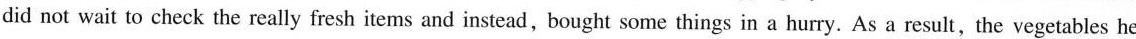
did not wait to check the really fresh items and instead,bought some things in a hurry. As a result,the vegetables he